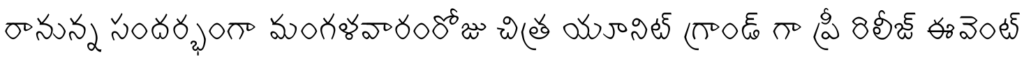
రానున్న సందర్భంగా మంగళవారంరోజు చిత్ర యూనిట్ గ్రాండ్ గా ప్రీ రిలీజ్ ఈవెంట్